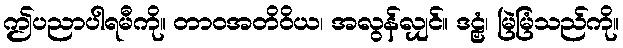
ဤပညာပါရမီကို။ တာဝအတိဝိယ၊ အလွန်လျှင်။ ဒဠှံ၊ မြဲမြံသည်ကို။